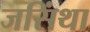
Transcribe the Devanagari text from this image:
जसिंथा